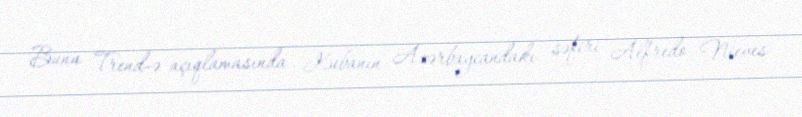
Bunu Trend-ə açıqlamasında Kubanın Azərbaycandakı səfiri Alfredo Nieves